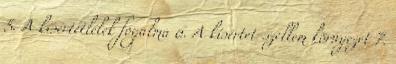
5. A kísértetlélek fogalma 6. A kísértet-szellem környezet 7.